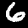
Label: 6